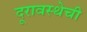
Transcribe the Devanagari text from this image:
दूरावस्थेची